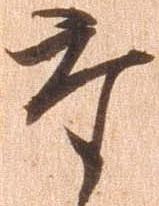
た